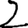
Digit: 2